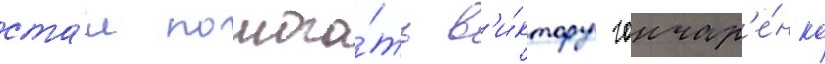
ста́л помога́ть в'и́ктору гончар'е́нко